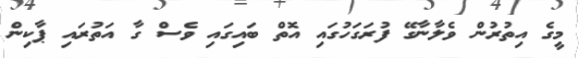
މީގެ އިތުރުން ވެލާނާގޭ ފުރަގަހުގައި އޮތް ބައިގައި ވެސް ގާ އަތުރައި ޕާކިން